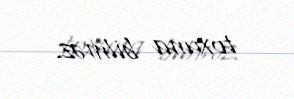
toxuna bilməz.